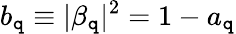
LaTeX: b_{\mathtt{q}}\equiv|\beta_{\mathtt{q}}|^{2}=1-a_{\mathtt{q}}